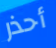
أحذر